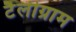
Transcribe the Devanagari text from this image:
टैलीग्राम